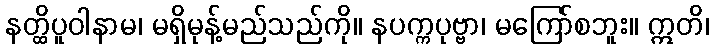
နတ္ထိပူဝါနာမ၊ မရှိမုန့်မည်သည်ကို။ နပက္ကပုဗ္ဗာ၊ မကြော်စဘူး။ ဣတိ၊